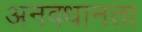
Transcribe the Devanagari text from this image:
अनवधानता